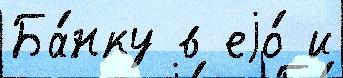
Ба́нку в еjо́ и